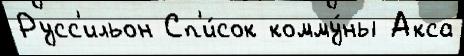
Русс'ильон Сп'и́сок комму́ны Акса